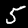
Digit: 5